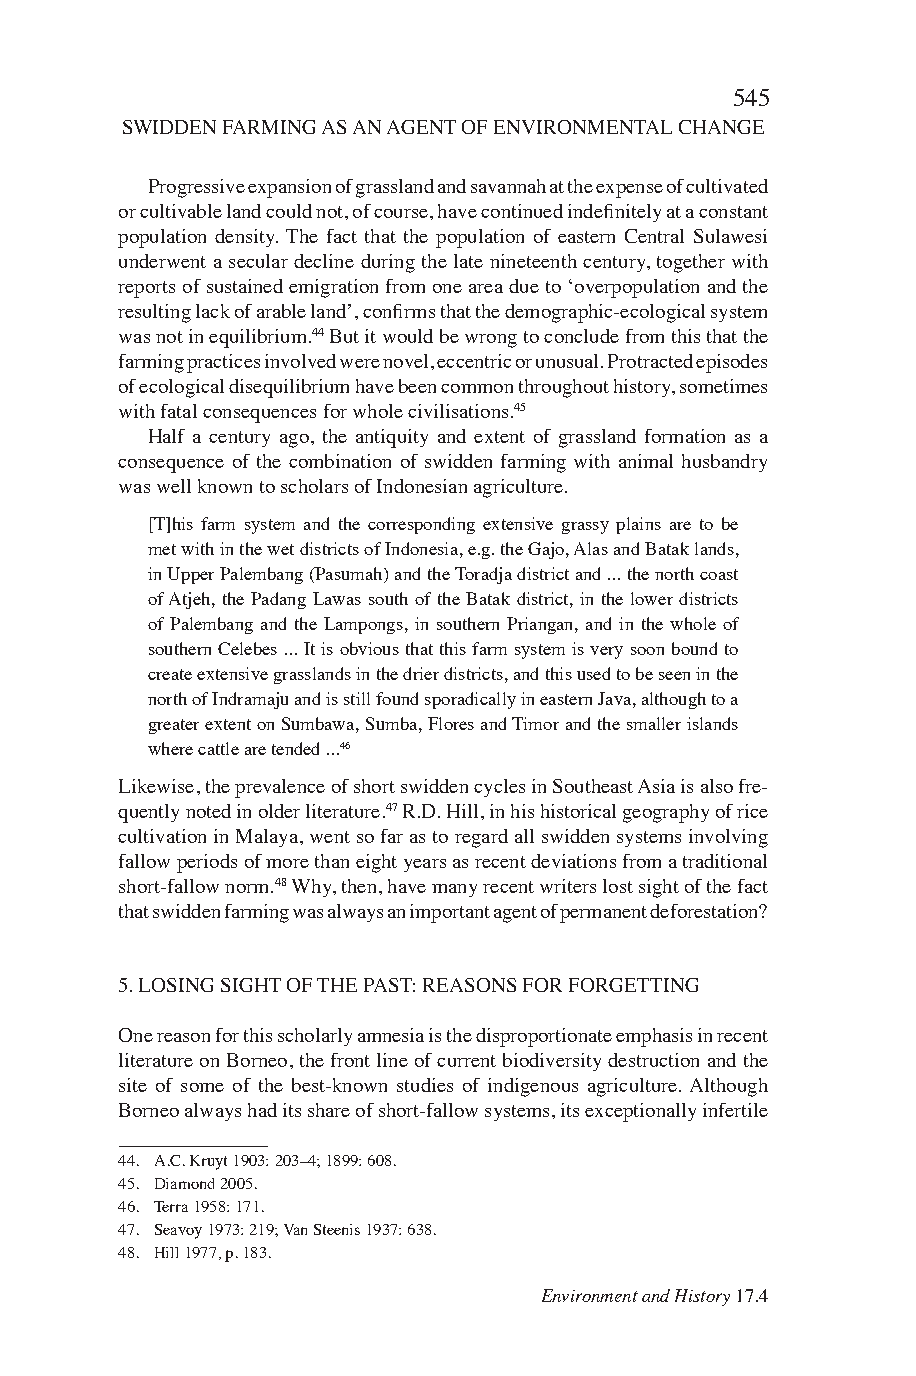
545
 SWIDDEN FARMING AS AN AGENT OF ENVIRONMENTAL CHANGE
 Progressive expansion of grassland and savannah at the expense of cultivated
 or cultivable land could not, of course, have continued indefinitely at a constant
 population density. The fact that the population of eastern Central Sulawesi
 underwent a secular decline during the late nineteenth century, together with
 reports of sustained emigration from one area due to ‘overpopulation and the
 resulting lack of arable land’, confirms that the demographic-ecological system
 was not in equilibrium.44 But it would be wrong to conclude from this that the
 farming practices involved were novel, eccentric or unusual. Protracted episodes
 of ecological disequilibrium have been common throughout history, sometimes
 with fatal consequences for whole civilisations.45
 Half a century ago, the antiquity and extent of grassland formation as a
 consequence of the combination of swidden farming with animal husbandry
 was well known to scholars of Indonesian agriculture.
 [T]his farm system and the corresponding extensive grassy plains are to be
 met with in the wet districts of Indonesia, e.g. the Gajo, Alas and Batak lands,
 in Upper Palembang (Pasumah) and the Toradja district and ... the north coast
 of Atjeh, the Padang Lawas south of the Batak district, in the lower districts
 of Palembang and the Lampongs, in southern Priangan, and in the whole of
 southern Celebes ... It is obvious that this farm system is very soon bound to
 create extensive grasslands in the drier districts, and this used to be seen in the
 north of Indramaju and is still found sporadically in eastern Java, although to a
 greater extent on Sumbawa, Sumba, Flores and Timor and the smaller islands
 where cattle are tended ...46
 Likewise, the prevalence of short swidden cycles in Southeast Asia is also fre-
 quently noted in older literature.47 R.D. Hill, in his historical geography of rice
 cultivation in Malaya, went so far as to regard all swidden systems involving
 fallow periods of more than eight years as recent deviations from a traditional
 short-fallow norm.48 Why, then, have many recent writers lost sight of the fact
 that swidden farming was always an important agent of permanent deforestation?
 5. LOSING SIGHT OF THE PAST: REASONS FOR FORGETTING
 One reason for this scholarly amnesia is the disproportionate emphasis in recent
 literature on Borneo, the front line of current biodiversity destruction and the
 site of some of the best-known studies of indigenous agriculture. Although
 Borneo always had its share of short-fallow systems, its exceptionally infertile
 44. A.C. Kruyt 1903: 203–4; 1899: 608.
 45. Diamond 2005.
 46. Terra 1958: 171.
 47. Seavoy 1973: 219; Van Steenis 1937: 638.
 48. Hill 1977, p. 183.
 Environment and History 17.4